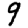
Digit: 9